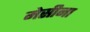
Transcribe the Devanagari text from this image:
मेसीना